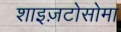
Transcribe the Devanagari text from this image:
शाइज़टोसोमा